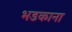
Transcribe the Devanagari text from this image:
भडकाना